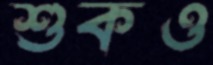
শুকও